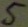
Text: 5